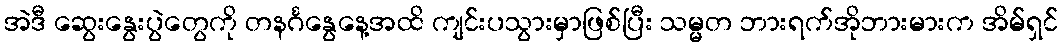
အဲဒီ ဆွေးနွေးပွဲတွေကို တနင်္ဂနွေနေ့အထိ ကျင်းပသွားမှာဖြစ်ပြီး သမ္မတ ဘားရက်အိုဘားမားက အိမ်ရှင်